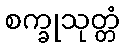
စက္ခုသုတ္တံ